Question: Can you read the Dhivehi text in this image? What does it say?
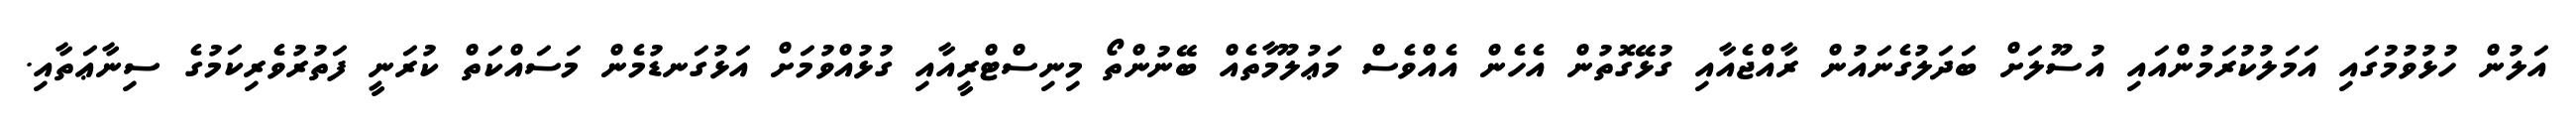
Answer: އަލުން ހުޅުވުމުގައި އަމަލުކުރަމުންއައި އުސޫލަށް ބަދަލުގެނައުން ރާއްޖެއާއި ގުޅޭގޮތުން އެހެން އެއްވެސް މަޢުލޫމާތެއް ބޭނުންތޯ މިނިސްޓްރީއާއި ގުޅުއްވުމަށް އަޅުގަނޑުމެން މަސައްކަތް ކުރަނީ ފަތުރުވެރިކަމުގެ ސިނާޢަތާއި.